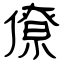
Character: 僚